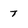
Character: 7